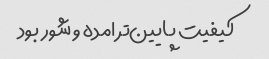
کیفیت پایین‌تر امده و شور بود